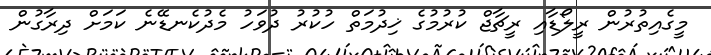
މީގެއިތުރުން ރީލޯޑާއި ރީޗާޖް ކުރުމުގެ ޚިދުމަތް ހުކުރު ދުވަހު މެދުކެނޑޭނެ ކަމަށް ދިރާގުން